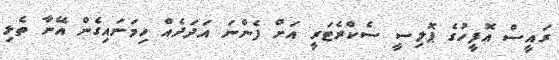
ރައީސް އޮފީހުގެ ޕޮލިސީ ސެކްރެޓަރީ އަށް ފެންނަ އަދަދެއް ހިމަނައިގެން އޭނާ ތެޅި